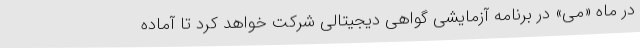
در ماه «می» در برنامه آزمایشی گواهی دیجیتالی شرکت خواهد کرد تا آماده